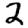
Digit: 2